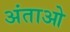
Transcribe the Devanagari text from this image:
अंताओ